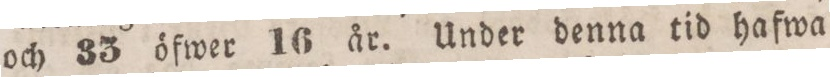
och 33 öfwer 16 år. Under denna tid hafwa